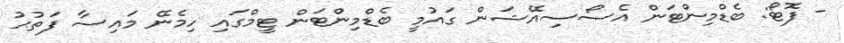
- ފޮޓޯ: ބެޑްމިންޓަން އެސޯސިއޭޝަން ގައުމީ ބެޑްމިންޓަން ޓީމްގައި ހިމެނޭ މައިސާ ފަތުޙު